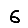
Digit: 6